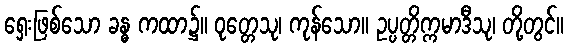
ရှေးဖြစ်သော ခန္ဓ ကထာ၌။ ဝုတ္တေသု၊ ကုန်သော။ ဥပ္ပတ္တိက္ကမာဒီသု၊ တို့တွင်။